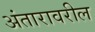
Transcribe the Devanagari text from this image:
अंतारावरील